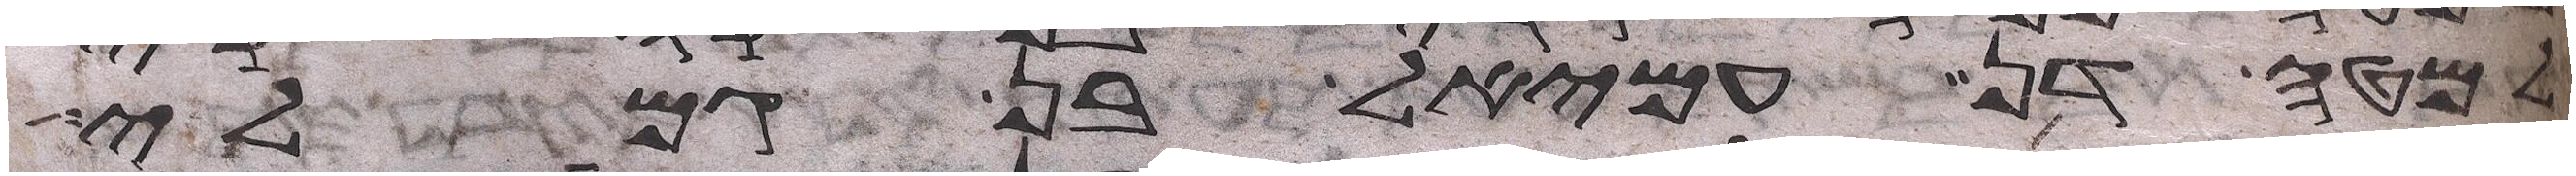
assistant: למטה דן עמיאל בן גמלי